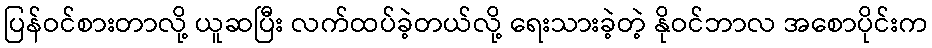
ပြန်ဝင်စားတာလို့ ယူဆပြီး လက်ထပ်ခဲ့တယ်လို့ ရေးသားခဲ့တဲ့ နိုဝင်ဘာလ အစောပိုင်းက